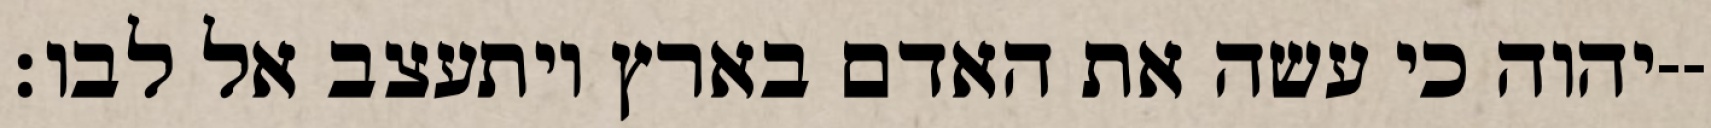
יהוה כי עשה את האדם בארץ ויתעצב אל לבו׃--